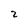
Character: 2